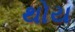
થોય